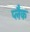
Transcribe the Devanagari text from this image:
प्लैक